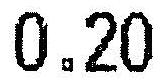
0.20